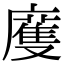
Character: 𢋒